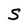
Character: S